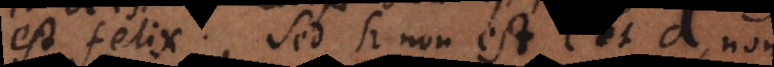
est felix. Sed h non est c et d, non